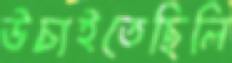
উচাইতেছিলি